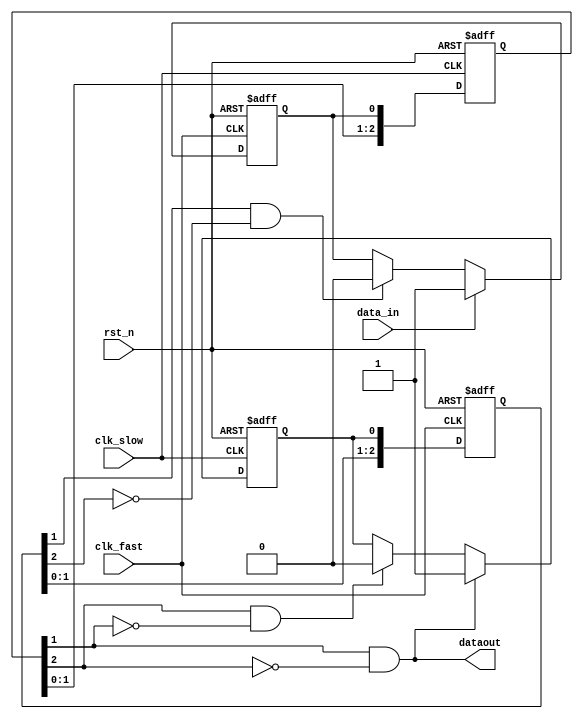
`timescale 1ns/1ns

module pulse_detect(
	input 				clk_fast	, 
	input 				clk_slow	,   
	input 				rst_n		,
	input				data_in		,

	output  		 	dataout
);
    reg fast_req, slow_ack;
    reg [2:0] slow_req;
    reg [2:0] fast_ack;
    
    //fast???
    
    //?slow??????????????fast???
    always @(posedge clk_fast, negedge rst_n) begin
        if(!rst_n) begin
            fast_ack <= 3'b0;
        end else begin
            fast_ack <= {fast_ack[1:0], slow_ack};
        end 
    end
    
    //??????fast_req
    always @(posedge clk_fast, negedge rst_n) begin
        if(!rst_n) begin
            fast_req <= 1'b0;
        end else if (data_in) begin
            fast_req <= 1'b1;
        end else begin
            fast_req <= (fast_ack[1] & (~fast_ack[2])) ? 1'b0 : fast_req;
        end
    end
    
    //slow???
    
    //?fast??????????????slow???
    always @(posedge clk_slow, negedge rst_n) begin
        if(!rst_n) begin
            slow_req <= 3'b0;
        end else  begin
            slow_req <= {slow_req[1:0], fast_req};
        end 
    end
    
    //??????slow_ack
    always @(posedge clk_slow, negedge rst_n) begin
        if(!rst_n) begin
            slow_ack <= 1'b0;
        end else if (slow_req[1] & (~slow_req[2])) begin
            slow_ack <= 1'b1;
        end else begin
            slow_ack <= (slow_req[2] & (~slow_req[1])) ? 1'b0 : slow_ack;
        end
    end
    assign dataout = (~slow_req[2]) & (slow_req[1]);
    //
    
endmodule